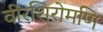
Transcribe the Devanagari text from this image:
वीरशिरोमणि